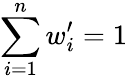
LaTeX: \sum_{i=1}^{n}w_{i}^{\prime}=1